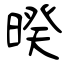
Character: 暌